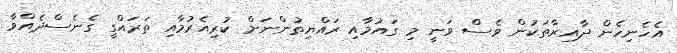
އެހެނިހެން ދާއިރާތަކުން ވެސް ވަނީ މި ގައުމާއި ރައްޔިތުންނަށް ކުރިއެރުމާއި ތަރައްގީ ގެނެސްދެއްވާ